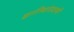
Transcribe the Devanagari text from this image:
ज्ञातिबांधवांनी